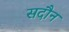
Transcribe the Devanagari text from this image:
सदौन